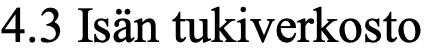
4.3 Isän tukiverkosto